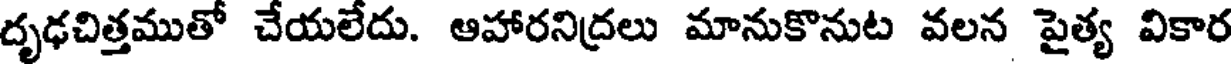
దృఢచిత్తముతో చేయలేదు. ఆహారనిద్రలు మానుకొనుట వలన పైత్య వికార